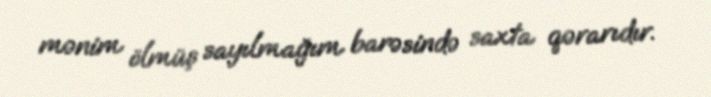
mənim ölmüş sayılmağım barəsində saxta qərarıdır.